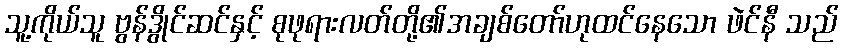
သူ့ကိုယ်သူ ဗွန်ဒွိုင်ဆင်နှင့် စုဖုရားလတ်တို့၏အချစ်တော်ဟုထင်နေသော ဖဲင်နီ သည်